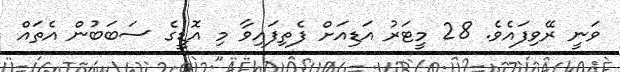
ވަނީ ރޭވިފައެވެ. 28 މީޓަރު އަޑިއަށް ފެތިފައިވާ މި އޮޑީގެ ސަބަބުން އެތައް